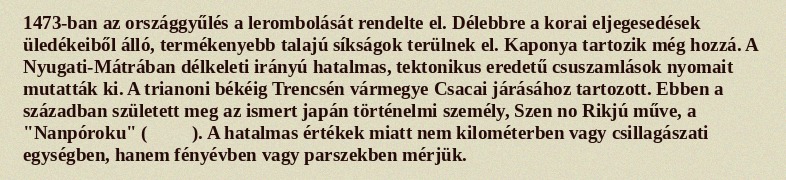
1473-ban az országgyűlés a lerombolását rendelte el. Délebbre a korai eljegesedések üledékeiből álló, termékenyebb talajú síkságok terülnek el. Kaponya tartozik még hozzá. A Nyugati-Mátrában délkeleti irányú hatalmas, tektonikus eredetű csuszamlások nyomait mutatták ki. A trianoni békéig Trencsén vármegye Csacai járásához tartozott. Ebben a században született meg az ismert japán történelmi személy, Szen no Rikjú műve, a "Nanpóroku" (南方録). A hatalmas értékek miatt nem kilométerben vagy csillagászati egységben, hanem fényévben vagy parszekben mérjük.